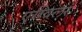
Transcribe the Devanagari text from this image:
एग्विलर